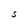
Character: S